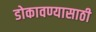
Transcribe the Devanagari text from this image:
डोकावण्यासाठी